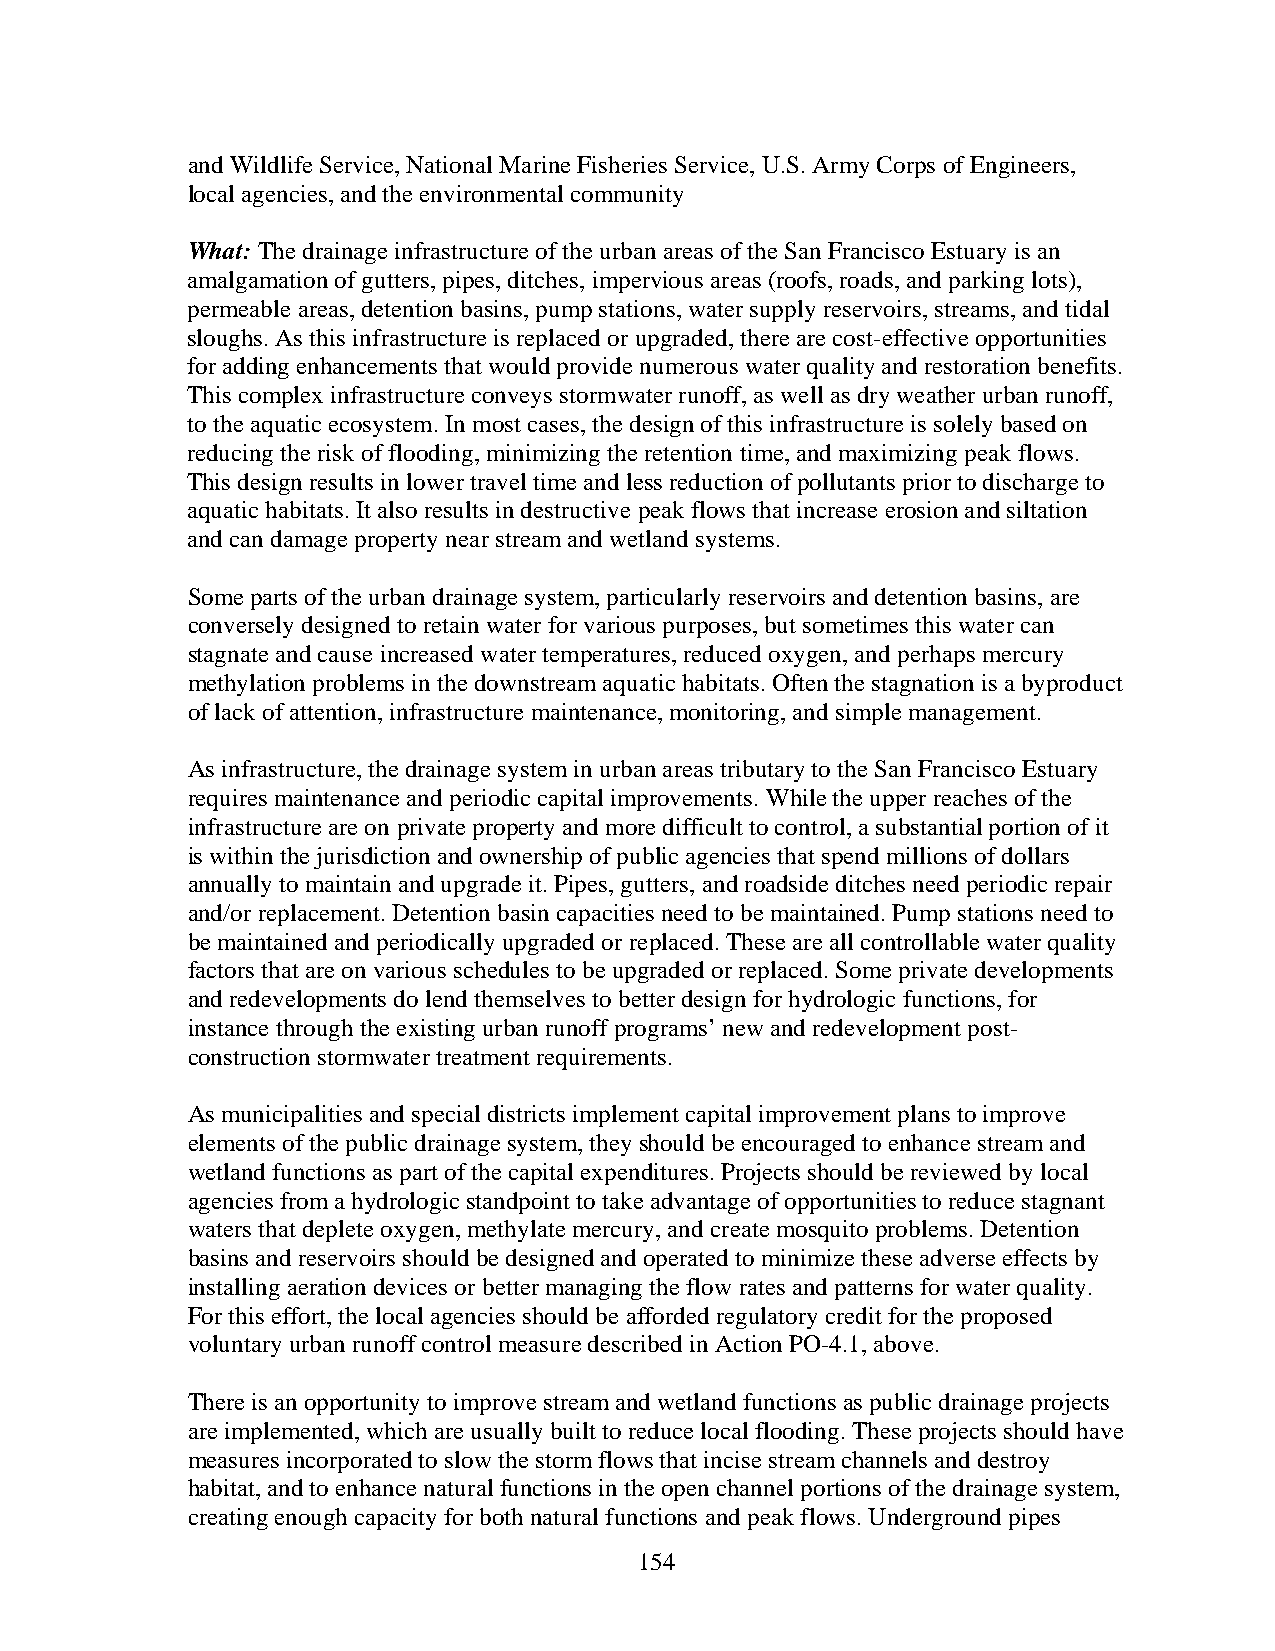
and Wildlife Service, National Marine Fisheries Service, U.S. Army Corps of Engineers,
 local agencies, and the environmental community
 What: The drainage infrastructure of the urban areas of the San Francisco Estuary is an
 amalgamation of gutters, pipes, ditches, impervious areas (roofs, roads, and parking lots),
 permeable areas, detention basins, pump stations, water supply reservoirs, streams, and tidal
 sloughs. As this infrastructure is replaced or upgraded, there are cost-effective opportunities
 for adding enhancements that would provide numerous water quality and restoration benefits.
 This complex infrastructure conveys stormwater runoff, as well as dry weather urban runoff,
 to the aquatic ecosystem. In most cases, the design of this infrastructure is solely based on
 reducing the risk of flooding, minimizing the retention time, and maximizing peak flows.
 This design results in lower travel time and less reduction of pollutants prior to discharge to
 aquatic habitats. It also results in destructive peak flows that increase erosion and siltation
 and can damage property near stream and wetland systems.
 Some parts of the urban drainage system, particularly reservoirs and detention basins, are
 conversely designed to retain water for various purposes, but sometimes this water can
 stagnate and cause increased water temperatures, reduced oxygen, and perhaps mercury
 methylation problems in the downstream aquatic habitats. Often the stagnation is a byproduct
 of lack of attention, infrastructure maintenance, monitoring, and simple management.
 As infrastructure, the drainage system in urban areas tributary to the San Francisco Estuary
 requires maintenance and periodic capital improvements. While the upper reaches of the
 infrastructure are on private property and more difficult to control, a substantial portion of it
 is within the jurisdiction and ownership of public agencies that spend millions of dollars
 annually to maintain and upgrade it. Pipes, gutters, and roadside ditches need periodic repair
 and/or replacement. Detention basin capacities need to be maintained. Pump stations need to
 be maintained and periodically upgraded or replaced. These are all controllable water quality
 factors that are on various schedules to be upgraded or replaced. Some private developments
 and redevelopments do lend themselves to better design for hydrologic functions, for
 instance through the existing urban runoff programs’ new and redevelopment post-
 construction stormwater treatment requirements.
 As municipalities and special districts implement capital improvement plans to improve
 elements of the public drainage system, they should be encouraged to enhance stream and
 wetland functions as part of the capital expenditures. Projects should be reviewed by local
 agencies from a hydrologic standpoint to take advantage of opportunities to reduce stagnant
 waters that deplete oxygen, methylate mercury, and create mosquito problems. Detention
 basins and reservoirs should be designed and operated to minimize these adverse effects by
 installing aeration devices or better managing the flow rates and patterns for water quality.
 For this effort, the local agencies should be afforded regulatory credit for the proposed
 voluntary urban runoff control measure described in Action PO-4.1, above.
 There is an opportunity to improve stream and wetland functions as public drainage projects
 are implemented, which are usually built to reduce local flooding. These projects should have
 measures incorporated to slow the storm flows that incise stream channels and destroy
 habitat, and to enhance natural functions in the open channel portions of the drainage system,
 creating enough capacity for both natural functions and peak flows. Underground pipes
 154